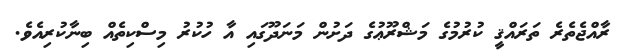
ރާއްޖެތެރެ ތަރައްޤީ ކުރުމުގެ މަޝްރޫޢުގެ ދަށުން މަނަދޫގައި އާ ހުކުރު މިސްކިތެއް ބިނާކުރިއެވެ.